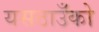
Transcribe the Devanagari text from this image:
यसठाउँको